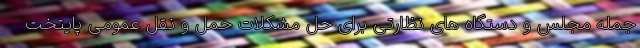
جمله مجلس و دستگاه های نظارتی برای حل مشکلات حمل و نقل عمومی پایتخت